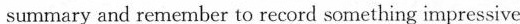
summary and remember to record something impressive